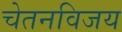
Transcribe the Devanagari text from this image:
चेतनविजय